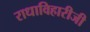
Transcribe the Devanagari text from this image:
राधाविहारीजी